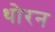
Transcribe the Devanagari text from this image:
थोरन